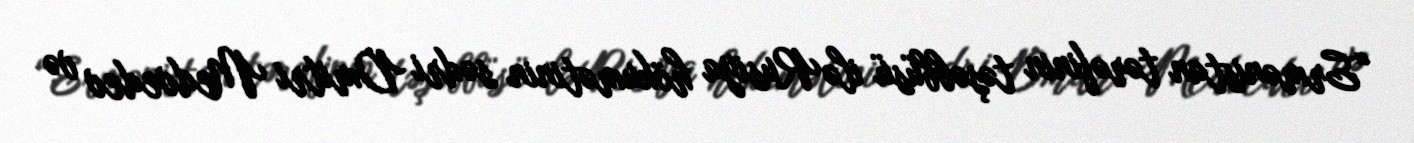
“Ermənistan tərəfinin təşəbbüsü ilə Rusiya hökumətinin sədri Dmitri Medvedev və